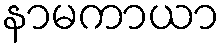
နာမကာယာ